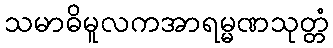
သမာဓိမူလကအာရမ္မဏသုတ္တံ